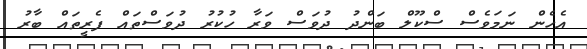
އެހެން ނަމަވެސް ސްކޫލް ބަންދު ދުވަސް ވަރާ ހުކުރު ދުވަސްތައް ފެރީތައް ބާރު